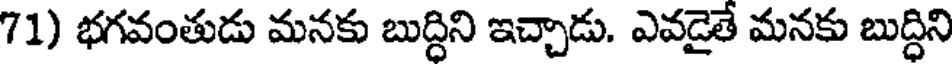
71) భగవంతుడు మనకు బుద్దిని ఇచ్చాడు. ఎవడైతే మనకు బుద్ధిని